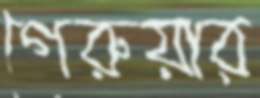
গেরুয়ার